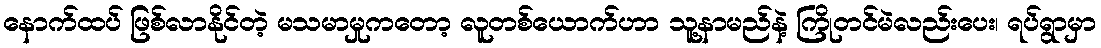
နောက်ထပ် ဖြစ်လာနိုင်တဲ့ မသမာမှုကတော့ လူတစ်ယောက်ဟာ သူ့နာမည်နဲ့ ကြိုတင်မဲလည်းပေး၊ ရပ်ရွာမှာ